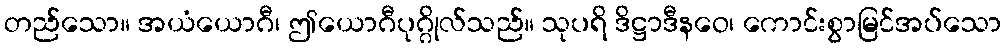
တည်သော။ အယံယောဂီ၊ ဤယောဂီပုဂ္ဂိုလ်သည်။ သုပရိ ဒိဋ္ဌာဒီနဝေ၊ ကောင်းစွာမြင်အပ်သော